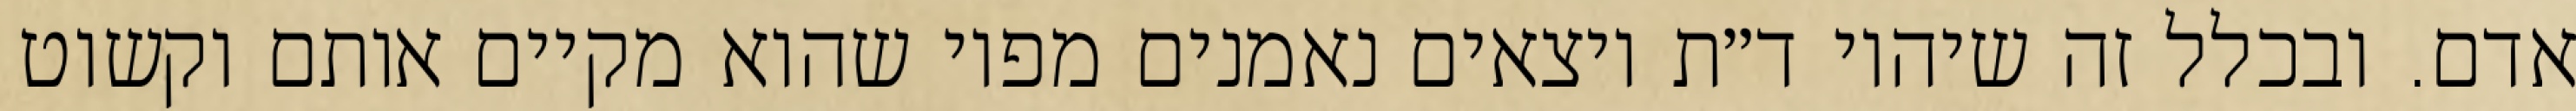
אדם. ובכלל זה שיהיו ד״ת יוצאים נאמנים מפיו שהוא מקיים אותם וקשוט